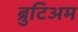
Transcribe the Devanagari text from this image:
ब्रुटिअम